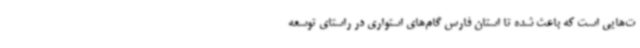
ت‌هایی است که باعث شده تا استان فارس گام‌های استواری در راستای توسعه